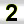
Digit: 2